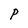
Character: P